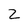
Character: 2